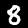
Digit: 8